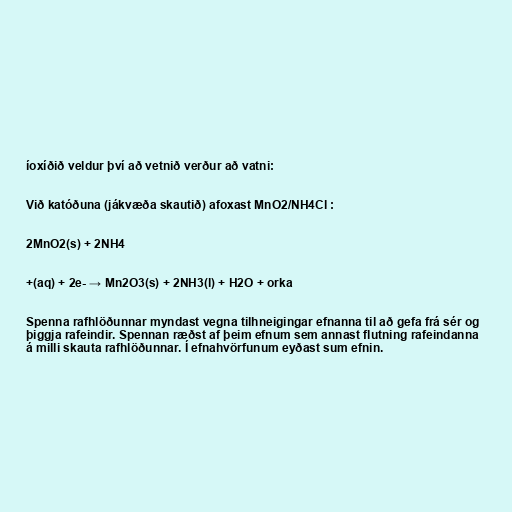
íoxíðið veldur því að vetnið verður að vatni:

Við katóðuna (jákvæða skautið) afoxast MnO2/NH4Cl :

2MnO2(s) + 2NH4

+(aq) + 2e- → Mn2O3(s) + 2NH3(l) + H2O + orka

Spenna rafhlöðunnar myndast vegna tilhneigingar efnanna til að gefa frá sér og
þiggja rafeindir. Spennan ræðst af þeim efnum sem annast flutning rafeindanna
á milli skauta rafhlöðunnar. Í efnahvörfunum eyðast sum efnin.